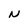
Character: N